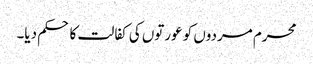
محرم مردوں کو عورتوں کی کفالت کا حکم دیا۔